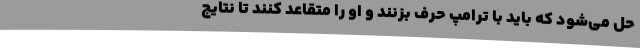
حل می‌شود که باید با ترامپ حرف بزنند و او را متقاعد کنند تا نتایج